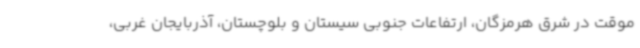
موقت در شرق هرمزگان، ارتفاعات جنوبی سیستان و بلوچستان، آذربایجان غربی،